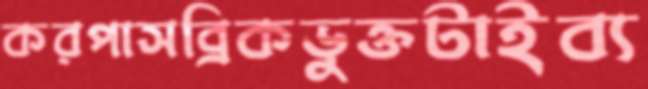
করপাসব্রিকভুক্তটাইব্য